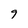
Character: 9